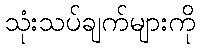
သုံးသပ်ချက်များကို